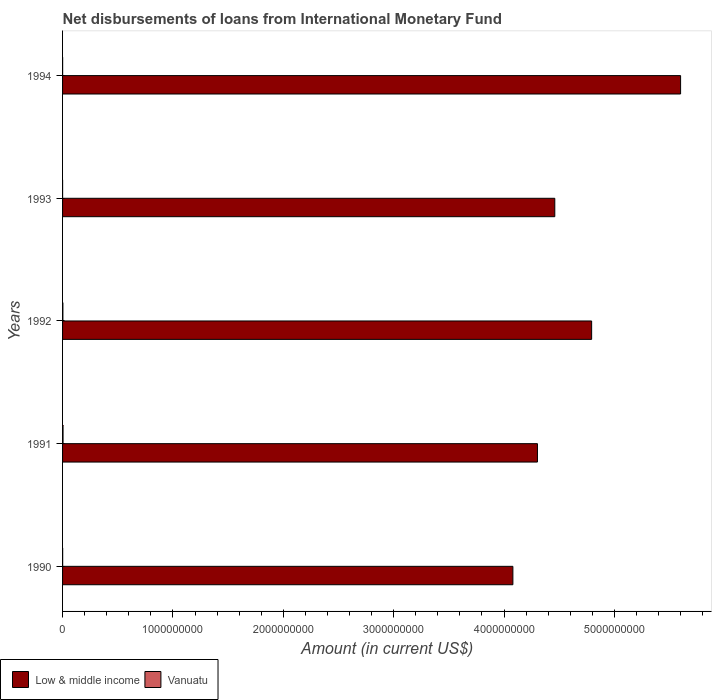
| Years | Low & middle income | Vanuatu |
 | --- | --- | --- |
 | 1990 | 4.08e+09 | 8.09e+05 |
 | 1991 | 4.3e+09 | 4.33e+06 |
 | 1992 | 4.79e+09 | 2.99e+06 |
 | 1993 | 4.46e+09 | 2.56e+05 |
 | 1994 | 5.6e+09 | 4.99e+05 |